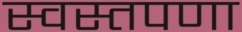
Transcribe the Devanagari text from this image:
स्वस्तपणा